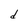
Character: d